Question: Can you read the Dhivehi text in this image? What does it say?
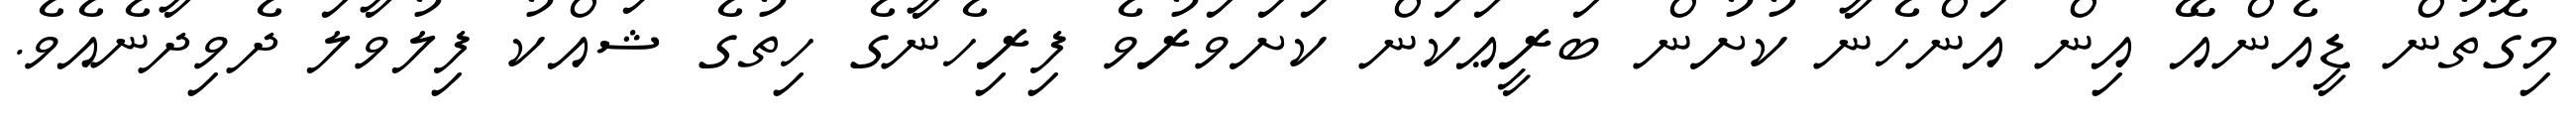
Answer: މިގޮތުން ޑީއެންއޭ އިން އަންހެނާ ކުށުން ބަރީޢަކަން ކަށަވަރުވެ ފިރިހެނާގެ ހިތުގެ ޝައްކު ފިލުވާލަ ދެވިދާނެއެވެ.